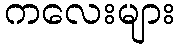
ကလေးများ